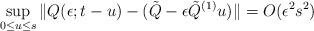
LaTeX: \begin{align*}\sup_{0\le u \le s} \| Q(\epsilon;t-u) - (\tilde{Q} - \epsilon\tilde{Q}^{(1)}u) \| = O(\epsilon^2 s^2) \end{align*}